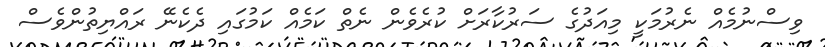
ވިސްނުމެއް ނެރުމަކީ މިއަދުގެ ސަރުކާރަށް ކުރެވެން ނެތް ކަމެއް ކަމުގައި ދެކެނޭ ރައްޔިތުންވެސް